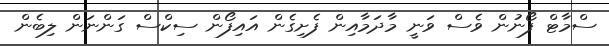
ސްމާޓް ފޯނުން ވެސް ވަނީ މާދަމާއިން ފެށިގެން އައިފޯން ސިކްސް ގަންނަން ލިބެން